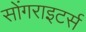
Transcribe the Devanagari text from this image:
सोंगराइटर्स